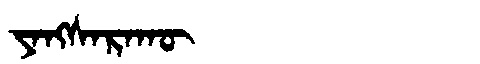
Manchu: ᠶᠠᠩᠰᠠᡵᠠᡴᡡ
Romanization: YANGSARAKŪ